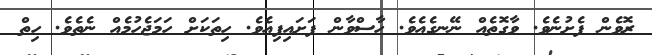
ރޮވެން ފެށުނެވެ. ވާގޮތެއް ނޭނގެއެވެ. ހާސްވާން ފަށައިފިއެވެ. ހިތަކަށް ހަމަޖެހުމެއް ނެތެވެ. ހިތް